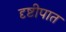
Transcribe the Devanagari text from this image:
दृष्टीपात